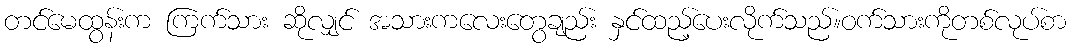
တင်မေထွန်းက ကြက်သား ဆိုလျှင် အသားကလေးတွေချည်း နှင်ထည့်ပေးလိုက်သည်။ဝက်သားကိုတစ်လုပ်စာ